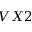
V X 2